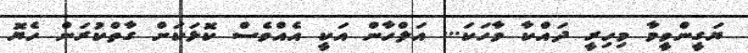
ޔަގީންވީމާ މިހިރީ ދައްކާ ވާހަކަ... އަލްހާން އަކީ އެއްވެސް ކޮޅަކަށް ގާތްކުރަން ހެޔޮ